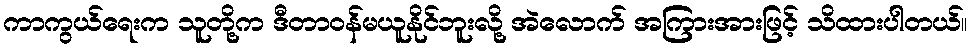
ကာကွယ်ရေးက သူတို့က ဒီတာဝန်မယူနိုင်ဘူးလို့ အဲလောက် အကြားအားဖြင့် သိထားပါတယ်။